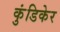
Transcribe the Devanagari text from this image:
कुंडिकेर